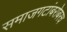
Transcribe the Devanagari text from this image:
समाजगटांबरोबरच